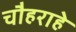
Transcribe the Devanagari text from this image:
चौहराहे